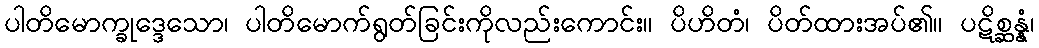
ပါတိမောက္ခုဒ္ဒေသော၊ ပါတိမောက်ရွတ်ခြင်းကိုလည်းကောင်း။ ပိဟိတံ၊ ပိတ်ထားအပ်၏။ ပဋိစ္ဆန္နံ၊